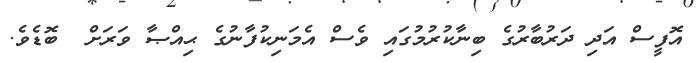
އޮފީސް އަދި ދަރުބާރުގެ ބިނާކުރުމުގައި ވެސް އެމަނިކުފާނުގެ ޙިއްޞާ ވަރަށް  ބޮޑެވެ.